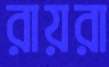
রায়রা